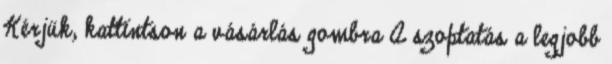
Kérjük, kattintson a vásárlás gombra A szoptatás a legjobb